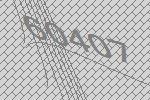
60407